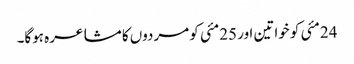
24مئی کو خواتین اور 25مئی کو مردوں کا مشاعرہ ہوگا۔